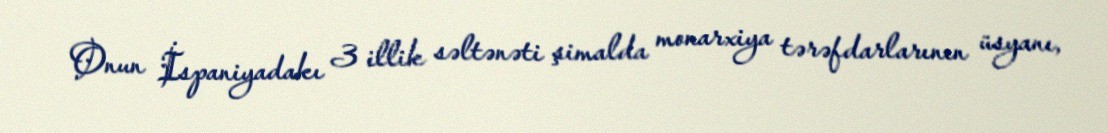
Onun İspaniyadakı 3 illik səltənəti şimalda monarxiya tərəfdarlarının üsyanı,